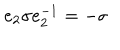
e _ { 2 } \sigma e _ { 2 } ^ { - 1 } = - \sigma